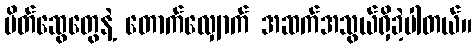
မိတ်ဆွေတွေနဲ့ တောက်လျှောက် အဆက်အသွယ်ရှိခဲ့ပါတယ်။